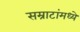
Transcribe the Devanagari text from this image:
सम्राटांमध्ये